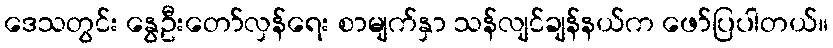
ဒေသတွင်း နွေဦးတော်လှန်ရေး စာမျက်နှာ သန်လျင်ချန်နယ်က ဖော်ပြပါတယ်။